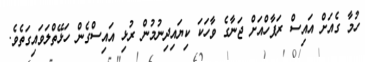
ހުމާ ގެއަށް އައިސް ރަފާހްއަށް ޖަނާގެ ވާހަކަ ކިޔައިދިނުމުން ރުޅި އައިސްގެން ހަޅޭތްލަވައިގަތެވެ.